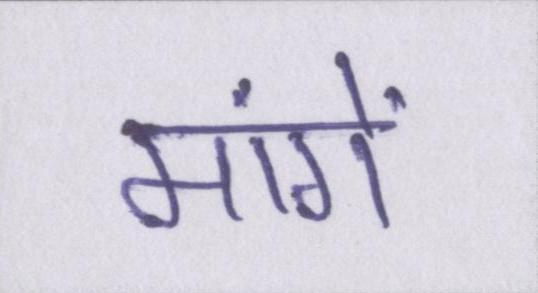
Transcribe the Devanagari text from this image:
मांगें